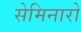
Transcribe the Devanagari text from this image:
सेमिनारो